Vital statistics of India. Vol. IV, Annual returns from 1871 to 1876. British Army of India, Native Army and jails of Bengal
Year: 1871
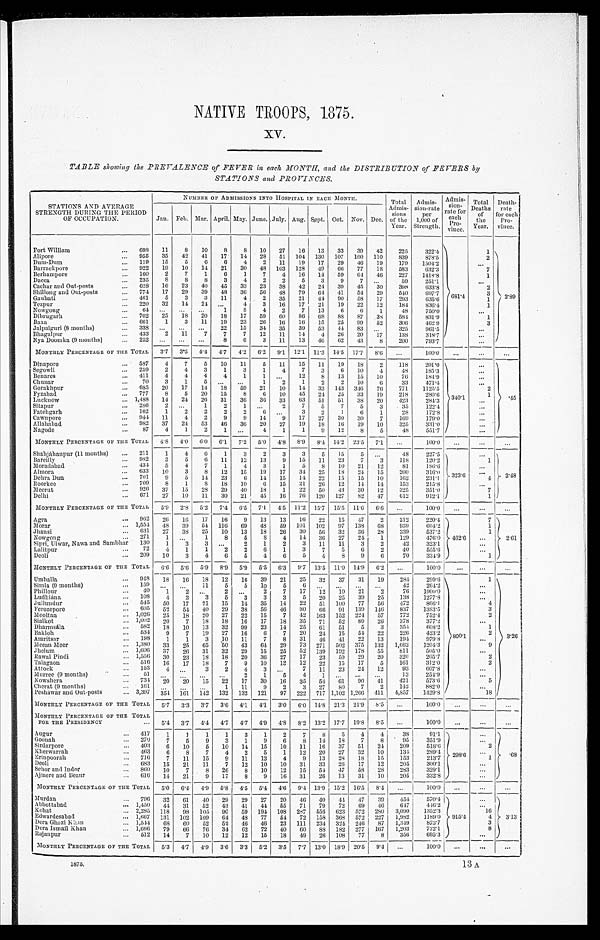
NATIVE TROOPS, 1875.
xv.
TABLE showing the PREVALENCE of FEVER in each MONTH, and the DISTRIBUTION of FEVERS by
STATIONS and PROVINCES.
STATIONS AND AVERAGE
STRENGTH DURING THE PERIOD
OF OCCUPATION.
NUMBER OF ADMISSIONS INTO HOSPITAL IN EACH MONTH.
Total
Admis-sions
of the
Year. Strength.
Admis-
s i o n - r a t e
per
1,000 of Strength.
Admis-
sion- r at e f or each Pr o- vi nce. Total D e a t h s
of
the
Year.
Deat h- r at e f o r e a c h
Pro-vi nce.
Jan. Feb. Mar.April. May. June. July. Aug. Sept. Oct. Nov. Dec.
Fort William
... 698
11
8
10
8
8
10
27
16
13
33
39
42
225
322.4
681.4
1
2 . 8 9
Alipore
... 955
35
42
41
17
14 28
51 104 130 107 100 110
839
878.5
2
Dum-Dum
... 119
15
5
6
6
4
2
11
19
17
29
46 19
179
1504.2
...
Barrackpore
... 922
19
10
11
21
30 48 103 128 49
66 77
18
583
632.3
7
Berhampore
... 160
2
7
1
6
1
7
4
16
1 4
59
6 4 46
227
1418.8
1
Dacca
... 235
8
8
8
3
4
2
2
5
3
9
7
. . . 59
251.1
. . .
Cachar and Out-posts
... 628
16
23
40
45
33
23
38
42 24
39
45
30
398
6 3 3 . 8
2
Shillong and Out-posts
... 774
17
29
39
48
36
56 48
79
6 4
4 1 54 29
540
6 9 7 . 7
3
Gauhati
... 461
5
3
3
11
4
2
35
21
44
9 0 58
17
293
635.6
1
Tezpur
... 220
32
14
24 ...
4
3
16
17
21
19
22
12
184
836.4
1
Nowgong
... 64
... ... ...
1
8
4
2
7
13
6
6
1
48
750.0
...
Dibrugarh
... 702
25
18
20
18
17
59
60 86 68
88
87
38
584
831.9
1
Baxa
... 661
1
3
11
19
23
26 16
16 15
25
9 9 52
306
462. 9
3
Jalpaiguri (8 months)
... 338 ... ... ...
22
15
34
35
39
53
44
83 ...
325
961.5
. . .
Bhagalpur
... 433
2
11
7
7
7
12
11
14
4
26
20
17
138
318.7
. . .
Nya Doomka (9 months)
... 252
... ...
...
8
6
3
11
13
46
6 2
4 3
8
200
793.7
. . .
MONTHLY PERCENTAGE OF THE TOTAL 3.7 3.5 4.4 4.7 4.2 6.2 9.1 12.1 11. 3
14. 5
17.7 8.6
...
100.0
...
. . .
. . .
Dinapore
... 587
4
7
5
10
11
5
11
15
11
19
18
2
118
201.0
340.1
...
Segowli
... 259
2
4
3
1
3
1
4
7
3
6 10
4
48
185.3
...
.45
Benares
... 411
4
4
4
4
1
1
. . . 12
8
13
15
10
76
184..9
. . .
Chunar
...
70
3
1
5
... ...
1
2
1
2
2
10
6
33
471.4
...
Gorakhpur
... 685
20
17
14
18
59
21
10
14
33 143 346
76
771
1125.5
2
Fyzabad
... 777
8
5
20
15
8
6
10
45
24 25
33
19
218
280.6
Lucknow
... 1,488 14 24 26 31
36 36 33
63
51
51
38
20
423
284.3
. . .
Sitapur
... 286
2
...
1
2
1
. . .
2
7
5
7
5
3
35
122.4
...
Fatehgarh
... 162
1
2
2
2
2
6
. . .
3
2
1
6
1
28
172.8
. . .
Cawnpore
... 944
11
4
2
9
9
14
9
17
27
30 30
7
169
179.0
...
Allahabad
... 982
37
24
53
46
36
20
27
19
18
16 19
10
325
331.0
...
Nagode
...
87
4
1
2
1 ...
4
1
1
9
12
8
5
48
551.7
. . .
MONTHLY PERCENTAGE OF THE TOTAL 4.8 4.0 6.0 6.1 7.2 5.0 4.8 8.9 8.4 14.2 23.5 7.1
...
100.0 ...
. . .
...
Shahjáhanpur (11 months)
... 211
1
4
6
1
3
2
3
3
5
15
5
. . .
48
227.5
323.6
. . .
2.48
Bareilly
... 982
3
5
6 11
12
13
9
15
11
23
7
3
118
120.2
1
Moradabad
... 434
5
4
7
1
4
3
1
5
8
10 21
12
81
186.6
. . .
Almora
...
633
10
3
8
12
15
19
17
34 25
18
24
15
200
316.0
. . .
Dehra Dun
... 701
9
5
14
23
6
14
15
14 22
15
15
10
162
231.1
4
Roorkee
... 709
8
1
8 18
10
6 15
21
26 12
14 14
153
215..8
. . .
Meerut
...
926 37
15
28
29
40
18
1
22
50
43
30
12
325
351.0
7
Delhi
... 671
27
10
11
30
21
45
16
76 120 127
82
47
612
912.1
1
MONTHLY PERCENTAGE OF THE TOTAL 5.9 2.8 5.2 7.4 6.51 7.1 4.5 11.2 15.7 15.5 11.6 6.6
...
100.0 ...
. . .
. . .
Agra
... 962
26 16
17
16
9
13
13
16 22
15
47
2
212
220.4
462.6
7
2.61
M orar
...
1 , 5 5 4 48
39
54 116
69
48
59 101 102
97 138
68
939
604.2
1
Jhansi
... 631
27
38
25
10
13
18
26
30
56 32
36
28
339
537.2
1
Nowgong
... 271
1 ...
1
8
5
8
4
14
36
27
24
1
129
476.0
. . .
Sipri, Ulwar, Nawa and Sambhar 130 1 3 3 ... 2 1 2 3 11 11 3 2 42 323.1
. . .
Lalitpur
...
72
4
1
1
2
2
6
1
3
7
5
6
2
40
555.6
...
Deoli
... 209
10
3
4
6
5
4
6
5
4
8
9
6
70
334.9
1
MONTHLY PERCENTAGE OF THE TOTAL
6. 6 5.6 5.9 8.9 5.9 5.5 6.3 9.7 13.5 11.0 14.9 6.2
...
100.0
. . . ...
...
Urnballa
...
9 4 8
18
16 18
12
16
39
21
25
39
37
31
19
284
299.6
800.1
1
3.26
Simla (9 months)
... 159
. . .
...
11
5
5
10
5
6
. . . ... ...
. . .
42
264.2
. . .
Phillour
...
40
1
2 ...
2
... 2
7
17
12
10
21
2
76
1900.0
...
Ludhiana
... 108
4
3
3
5
3
3
3
5
20
25
39 25
138
1277.8
. . .
Julluudur
... 545
50
17
21
15
14
35
14
22
51 100
77
50
472
866.1
4
Ferozepore
... 605
52
54
40
29
38
56
46
80 66
9 1 139 146
837
1383'5
3
Mooltan
...
1 , 0 2 6 25
18
20
27
22
15
7
42 163 152 224
57
772
752.4
2
Sialkot
... 1,002
2 0
7
18
18
16
17
18
35
71
52
80
26
378
377.2
. . .
Dharmsála,
... 582
18
10
13
32
99
23
14
25
61
51
5
3
354
6 0 8 . 2
1
Bakloh
... 534
9
7
19
27
16
6
7
20
24
15
54
22
226
423.2
2
Amritsar
... 198
1
1
3 10
11
7
8
31
46 41
22
13
194
979.8
. . .
Meean Meer
...
1 , 3 8 0 33
25
65
50
43
64 29
73 271 502 375 132 1,662
1204.3
9
Jhelum
...
1 , 6 0 6 37
26
31
32
29
15
25
52 139 192 178
55
811
50.'0
. . .
Rawal Pindi
...
1 , 5 5 6 30
23
18
18
20
36
27
17
23
59
29
20
320
20.7
2
Talagaon
...
5 1 6
16
17
18
7
9 10
18
12 22
15
17
5
161
312.0
2
Attock
... 153
4 ...
3
2
4 3
. . . 7
11
23
24
12
93
6 0 7 . 8
. . .
Murree (9 months)
...
51
... . . .
......
2
1
5
4
1 ... ...
. . .
13
254.'9
. . .
Nowshera
...
7 3 4
20
2 0
15
22
17
30
16
35
54 61
90
41
421
573.6
5
Cherat (9 months)
... 161
... ...
...
1
11
9
2
3
27
80
7
2
142
882.0
. . .
Peshawar and Out-posts
...
3 , 3 9 7 354 161 142 132 132 121
97 222 717 1,102 1,266 411 4,857
1429.8
1 8
MONTHLY PERCENTAGE OF THE TOTAL
51 3.3 3.7
3 . 6 4.1
4. 1 3.0 6.0 14.8 21.3 21.9 8.5
. . .
100.0
. . .
. . .
. . .
MONTHLY PERCENTAGE OF THE TOTAL
5.4 3.7 4.4 4.7 4.7 4.9 4.8 8.2 13.2 17.7 19.8 8.5
...
100.0
. . .
. . .
...
FOR THE PRESIDENCY
. . .
Augur
...
41 7
1
1
1
1
3
1
2
7
8
5
4
4
30
91.1
298.6
. . .
.68
Goonah
...
270
7
5
9
3
1
9
6
8
14
18
7
8 95
351.9
. . .
Sirdarpore
...
403
6
10
5
10
14
15
10
11
16
37
51
24
209
518.6
2
Kherwarrah
... 463
6
8
7
4
2
5
1
12 20
27
32
10
134
289.4
. . .
Erinpoorah
. . . 716
7
11
15
9
11
13
4
9
13
28
18
15
153
213.7
1
Deoli
. . . 683
15
21
11
7
12
10
10
31
33
26
17
12
205
300.1
. . .
Sehor and Tudor
... 860
10
7
8
26
8
10
12
15
54 47
58
28
283
329.1
. . .
Ajmere and Beaur
... 616
14
21
9
17
8
9
16
31
26
13
31
1 0 205
332.8
•••...
MONTHLY PERCENTAGE OF THE TOTAL
5. 0
6 . 44.9
5.8
4 . 5
5.4 4.6 9.4 13.9 15.2
16. 5 8.4 ...
100.0 ...
...
...
Murdan
. . . 796
32
61
40
29
29
27
20
46
4 0
4 4 47
39 454
570.4
915.4
...
3.13
Abbottabad
. . . 1, 450
44 31
52
43
41
44
55
71
79
72
69
46
647
446.2
...
Kohat
... 2,285 118
98 105 90
59 194 108 287 556 623 572 280 3,090
1352.3
16
Edwardesabad
... 1,667 131 102 109
64
48
77
54
72 158 368 572 227 1,982
1189.0
4
Dera Ghazi Khan
. . . 1, 544
6 8 60
52
52
46 46
23 111 234 324 246
87 1,349
873.7
3
Dora Ismail Khan
... 1,666
79
66
76
34 62
72
40
60
88 182 277 167 1,203
722.1
8
Rajanpur
. . . 512
14
7
10
12
12
15
18
49 26 108
77
8
356
695.3
. . .
MONTHLY PERCENTAGE OF THE TOTAL 5.3 4.7 4.9 3.6 3.3 5.2 3.5 7.7 13.0 18.9 20.5 9.4
. . .
1 0 0 . 0 ...
. . .
. . .
1875.
13 A